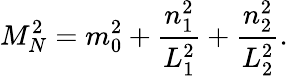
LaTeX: M_{N}^{2}=m_{0}^{2}+\frac{n_{1}^{2}}{L_{1}^{2}}+\frac{n_{2}^{2}}{L_{2}^{2}}.